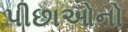
પીછાઓનો